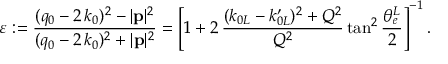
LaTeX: \varepsilon : = \frac { ( q _ { 0 } - 2 \, k _ { 0 } ) ^ { 2 } - | { \bf p } | ^ { 2 } } { ( q _ { 0 } - 2 \, k _ { 0 } ) ^ { 2 } + | { \bf p } | ^ { 2 } } = \left[ 1 + 2 \, \frac { ( k _ { 0 L } - k _ { 0 L } ^ { \prime } ) ^ { 2 } + Q ^ { 2 } } { Q ^ { 2 } } \tan ^ { 2 } { \frac { \theta _ { e } ^ { L } } { 2 } } \right] ^ { - 1 } .